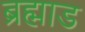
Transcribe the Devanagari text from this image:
ब्रह्माड